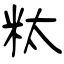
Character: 粏